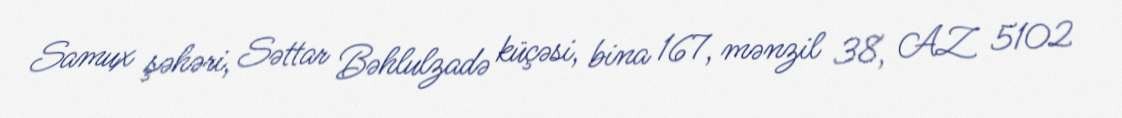
Samux şəhəri, Səttar Bəhlulzadə küçəsi, bina 167, mənzil 38, AZ 5102